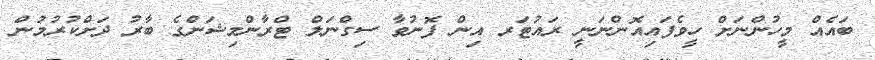
ބައެއް މީހުންނަށް ހީވެފައިއޮންނަނީ ރައުޓަރ އިން ފޮނުވާ ސިގްނަލް ޓްރާންމިޝަންގެ ބާރު ދަށްކުރުމުން